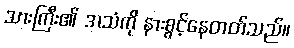
သားကြီး၏ အသံကို နားစွင့်နေတတ်သည်။